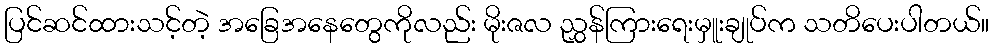
ပြင်ဆင်ထားသင့်တဲ့ အခြေအနေတွေကိုလည်း မိုးဇလ ညွှန်ကြားရေးမှူးချုပ်က သတိပေးပါတယ်။